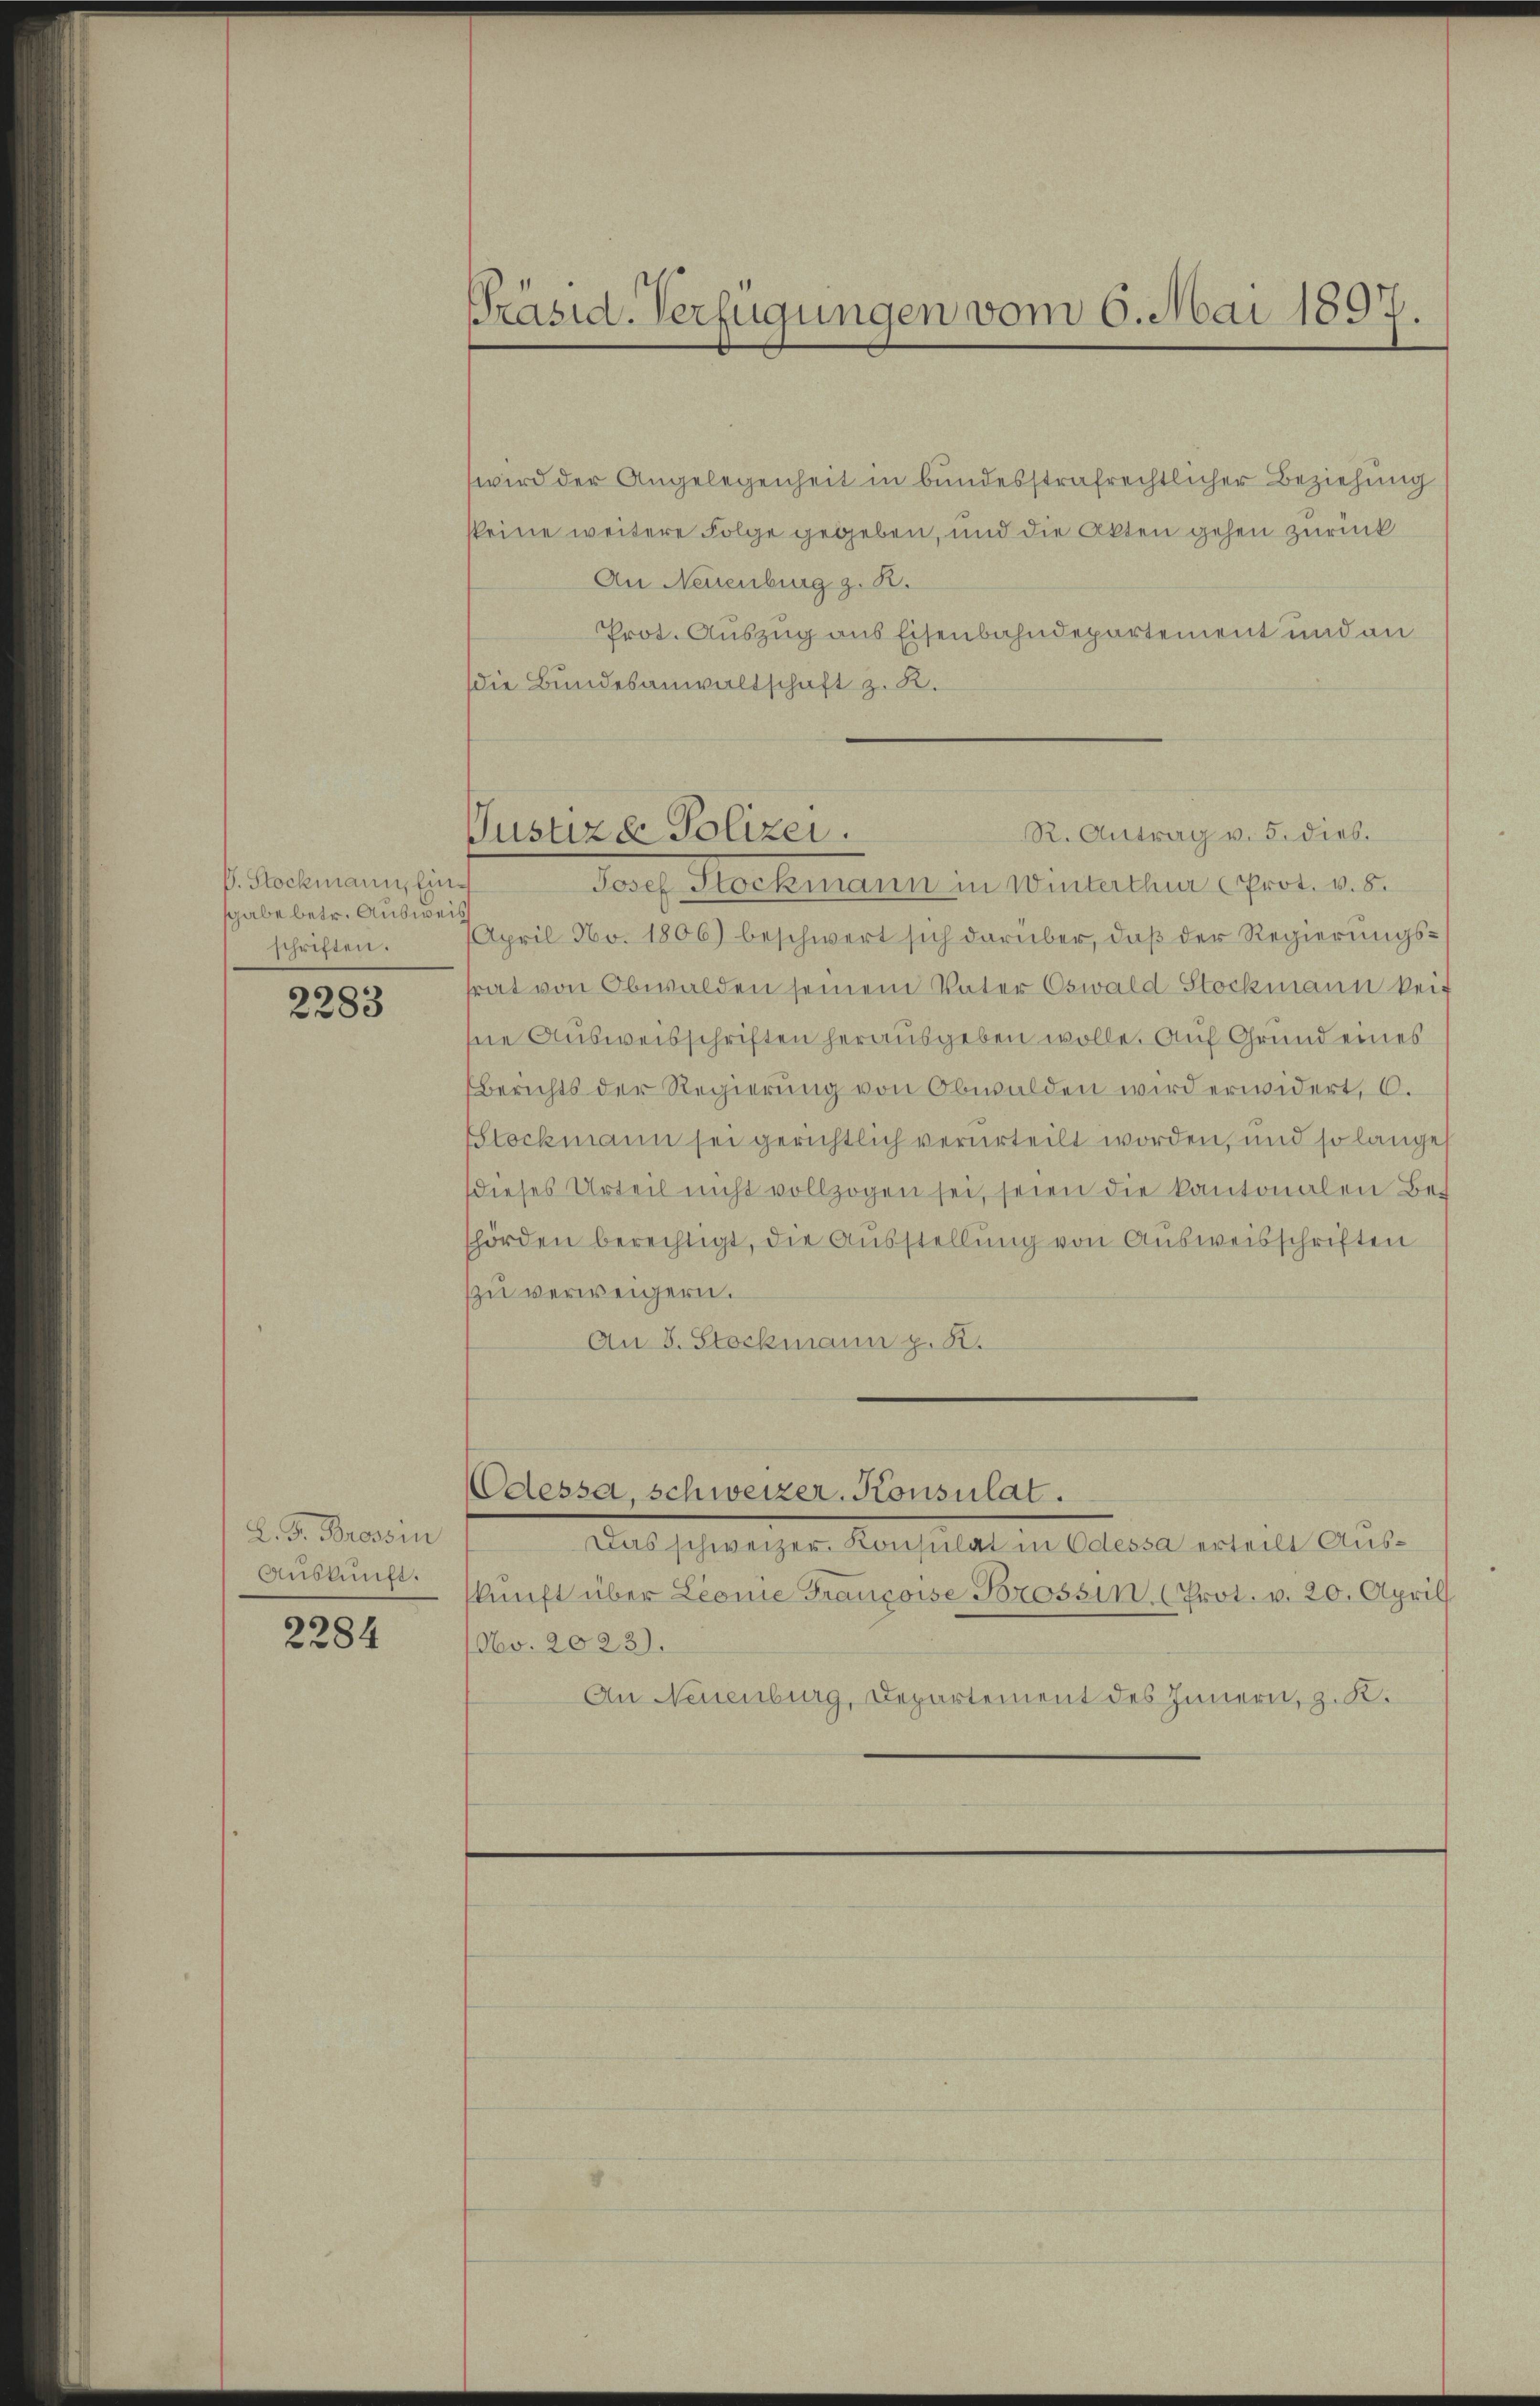
V. Stockmann, Einsgabe betr. Ausweis
schriften.

2283

L. F. Brossin
Auskunft.

2284

Präsid. Verfügungen vom 6. Mai 1897.

wird der Angelegenheit in bundesstrafrechtlicher Beziehung
skeine weitere Folge gegeben, und die Akten gehen zurück
An Neuenburg z. B.
Prot. Auszug aus Eisenbahndepartement und an
Die Bundesanwaltschaft z. R.

Pustiza Polizei.

Josef Stockmann in Winterthur prot. v. 5.
April No. 1806) beschwert sich darüber, daß der Regierungssrat von Obwalden seinem Vater Oswald Stockmann kei
sie Ausweisschriften herausgeben wolle. Auf Grund eines
Berichts der Regierung von Obwalden wird erwidert, d.
Stockmann sei gerichtlich verurteilt worden, und so lange
dieses Urteil nicht vollzogen sei, seien die kantonalen Bes
hörden berechtigt, die Ausstellung von Ausweisschriften
zu verweigern.
An 8. Stockmann p. K.

Odessa, schweizer. Konsulat.

Das schweizer. Konsulat in Odessa erteilt Auskŭnft über Leone Françoise Forossin (Prot. v. 20. April
No. 2023).
An Neuenburg, Departement des Innern, z. K.

R. Antrag v. 5. dies.